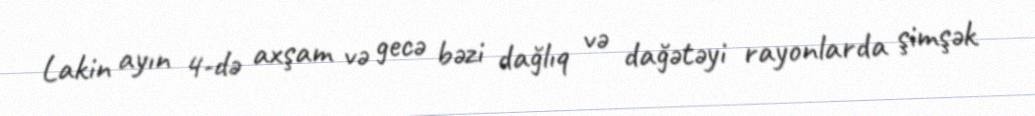
Lakin ayın 4-də axşam və gecə bəzi dağlıq və dağətəyi rayonlarda şimşək